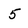
Character: 5